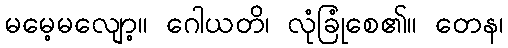
မမေ့မလျော့။ ဂေါယတိ၊ လုံခြုံစေ၏။ တေန၊